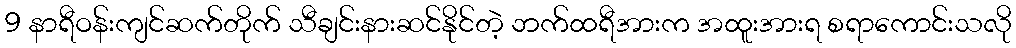
9 နာရီဝန်းကျင်ဆက်တိုက် သီချင်းနားဆင်နိုင်တဲ့ ဘက်ထရီအားက အထူးအားရ စရာကောင်းသလို